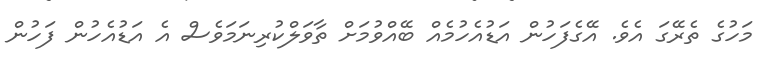
މަހުގެ ތެރޭގަ އެވެ. އޭގެފަހުން އަޑުއެހުމެއް ބޭއްވުމަށް ތާވަލްކުރިނަމަވެސް އެ އަޑުއެހުން ފަހުން